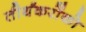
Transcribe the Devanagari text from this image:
तीर्थंकरोंको